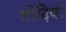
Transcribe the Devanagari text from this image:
लोढ़ियों